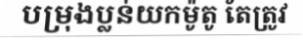
បម្រុងប្លន់យកម៉ូតូ តែត្រូវ